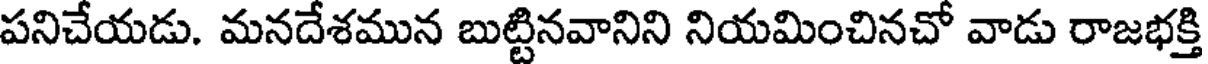
పనిచేయడు. మనదేశమున బుట్టినవానిని నియమించినచో వాడు రాజభక్తి